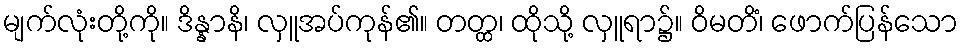
မျက်လုံးတို့ကို။ ဒိန္နာနိ၊ လှူအပ်ကုန်၏။ တတ္ထ၊ ထိုသို့ လှူရာ၌။ ဝိမတိံ၊ ဖောက်ပြန်သော